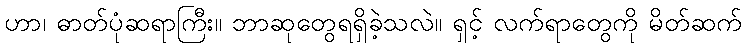
ဟာ၊ ဓာတ်ပုံဆရာကြီး။ ဘာဆုတွေရရှိခဲ့သလဲ။ ရှင့် လက်ရာတွေကို မိတ်ဆက်